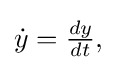
{\textstyle {\dot {y}}={\frac {dy}{dt}},}